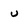
Character: U